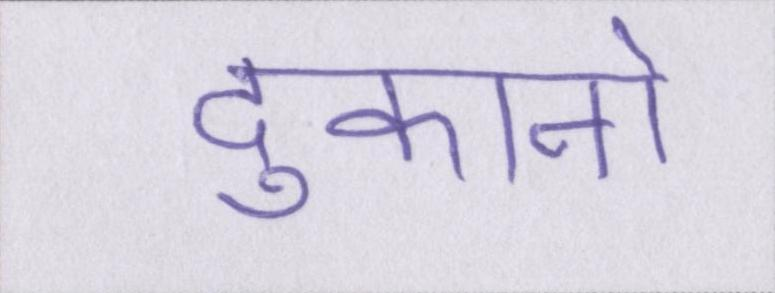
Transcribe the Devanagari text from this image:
दुकानो